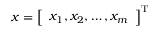
{ \boldsymbol { x } } = { \left[ \begin{array} { l } { x _ { 1 } , x _ { 2 } , \dots , x _ { m } } \end{array} \right] } ^ { \mathrm { { T } } }